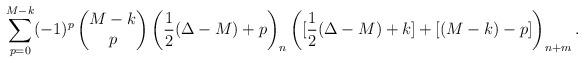
LaTeX: \begin{align*}\sum_{p=0}^{M-k} (-1)^p\begin{pmatrix} M-k \\ p \end{pmatrix} \biggl(\frac{1}{2}(\Delta-M)+p \biggr)_n\, \biggl([\frac{1}{2}(\Delta-M)+k] + [(M-k)-p] \biggr)_{n+m} \, .\end{align*}